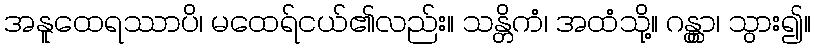
အနူထေရဿာပိ၊ မထေရ်ငယ်၏လည်း။ သန္တိကံ၊ အထံသို့။ ဂန္တွာ၊ သွား၍။